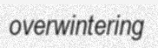
overwintering